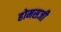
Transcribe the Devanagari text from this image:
होमसजी